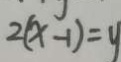
2 ( x - 1 ) = y